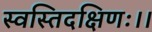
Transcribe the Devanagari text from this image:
स्वस्तिदक्षिणः।।